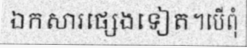
ឯកសារផ្សេងទៀត។បើពុំ